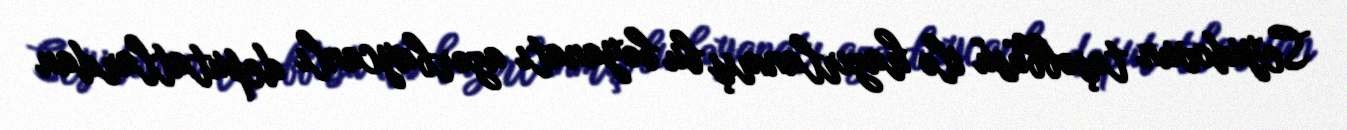
Seyidovun təşəbbüsü ilə hazırlanmış bu bəyanatı azərbaycanlı deputatlardan